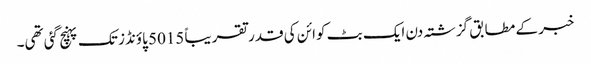
خبر کے مطابق گزشتہ دن ایک بٹ کوائن کی قدر تقریباً 5015 پاؤنڈز تک پہنچ گئی تھی۔